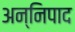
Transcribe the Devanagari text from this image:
अन्निपाद